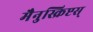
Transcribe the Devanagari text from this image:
मैनुस्क्रिप्टस्‌